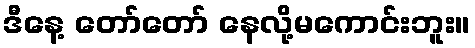
ဒီနေ့ တော်တော် နေလို့မကောင်းဘူး။